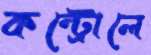
কন্ট্রোলে